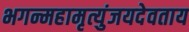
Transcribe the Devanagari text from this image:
भगन्महामृत्युंजयदेवताय